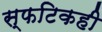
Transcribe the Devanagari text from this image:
स्फटिकही